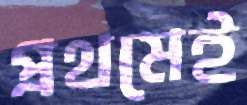
প্রথমেই